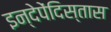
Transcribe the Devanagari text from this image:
इन्देपेंदिस्तास